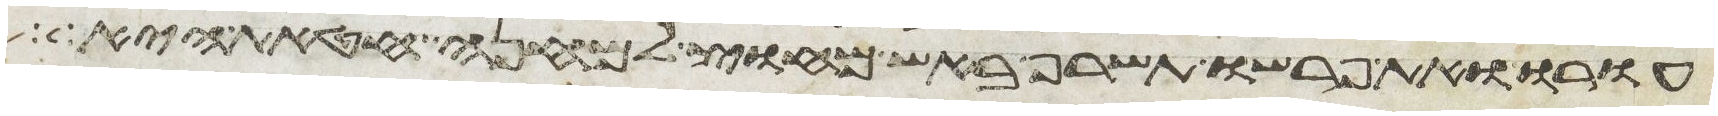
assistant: עורו ואת פרשו תשרף באש מחוץ למחנה חטאת היא